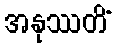
အနုဿတိံ